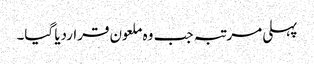
پہلی مرتبہ جب وہ ملعون قراردیا گیا۔